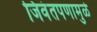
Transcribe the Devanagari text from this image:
जिवंतपणामुळे